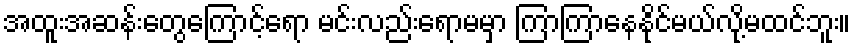
အထူးအဆန်းတွေကြောင့်ရော မင်းလည်းရောမမှာ ကြာကြာနေနိုင်မယ်လို့မထင်ဘူး။